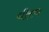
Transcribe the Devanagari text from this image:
धीरण